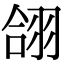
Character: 翖